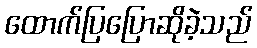
ထောက်ပြပြောဆိုခဲ့သည်